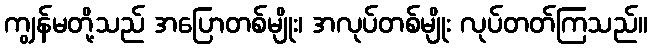
ကျွန်မတို့သည် အပြောတစ်မျိုး၊ အလုပ်တစ်မျိုး လုပ်တတ်ကြသည်။